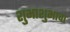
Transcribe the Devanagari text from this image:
शुभाशुभाचा